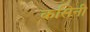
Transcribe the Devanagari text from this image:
कसिनी